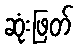
ဆုံးဖြတ်